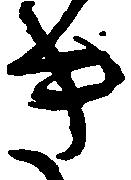
き